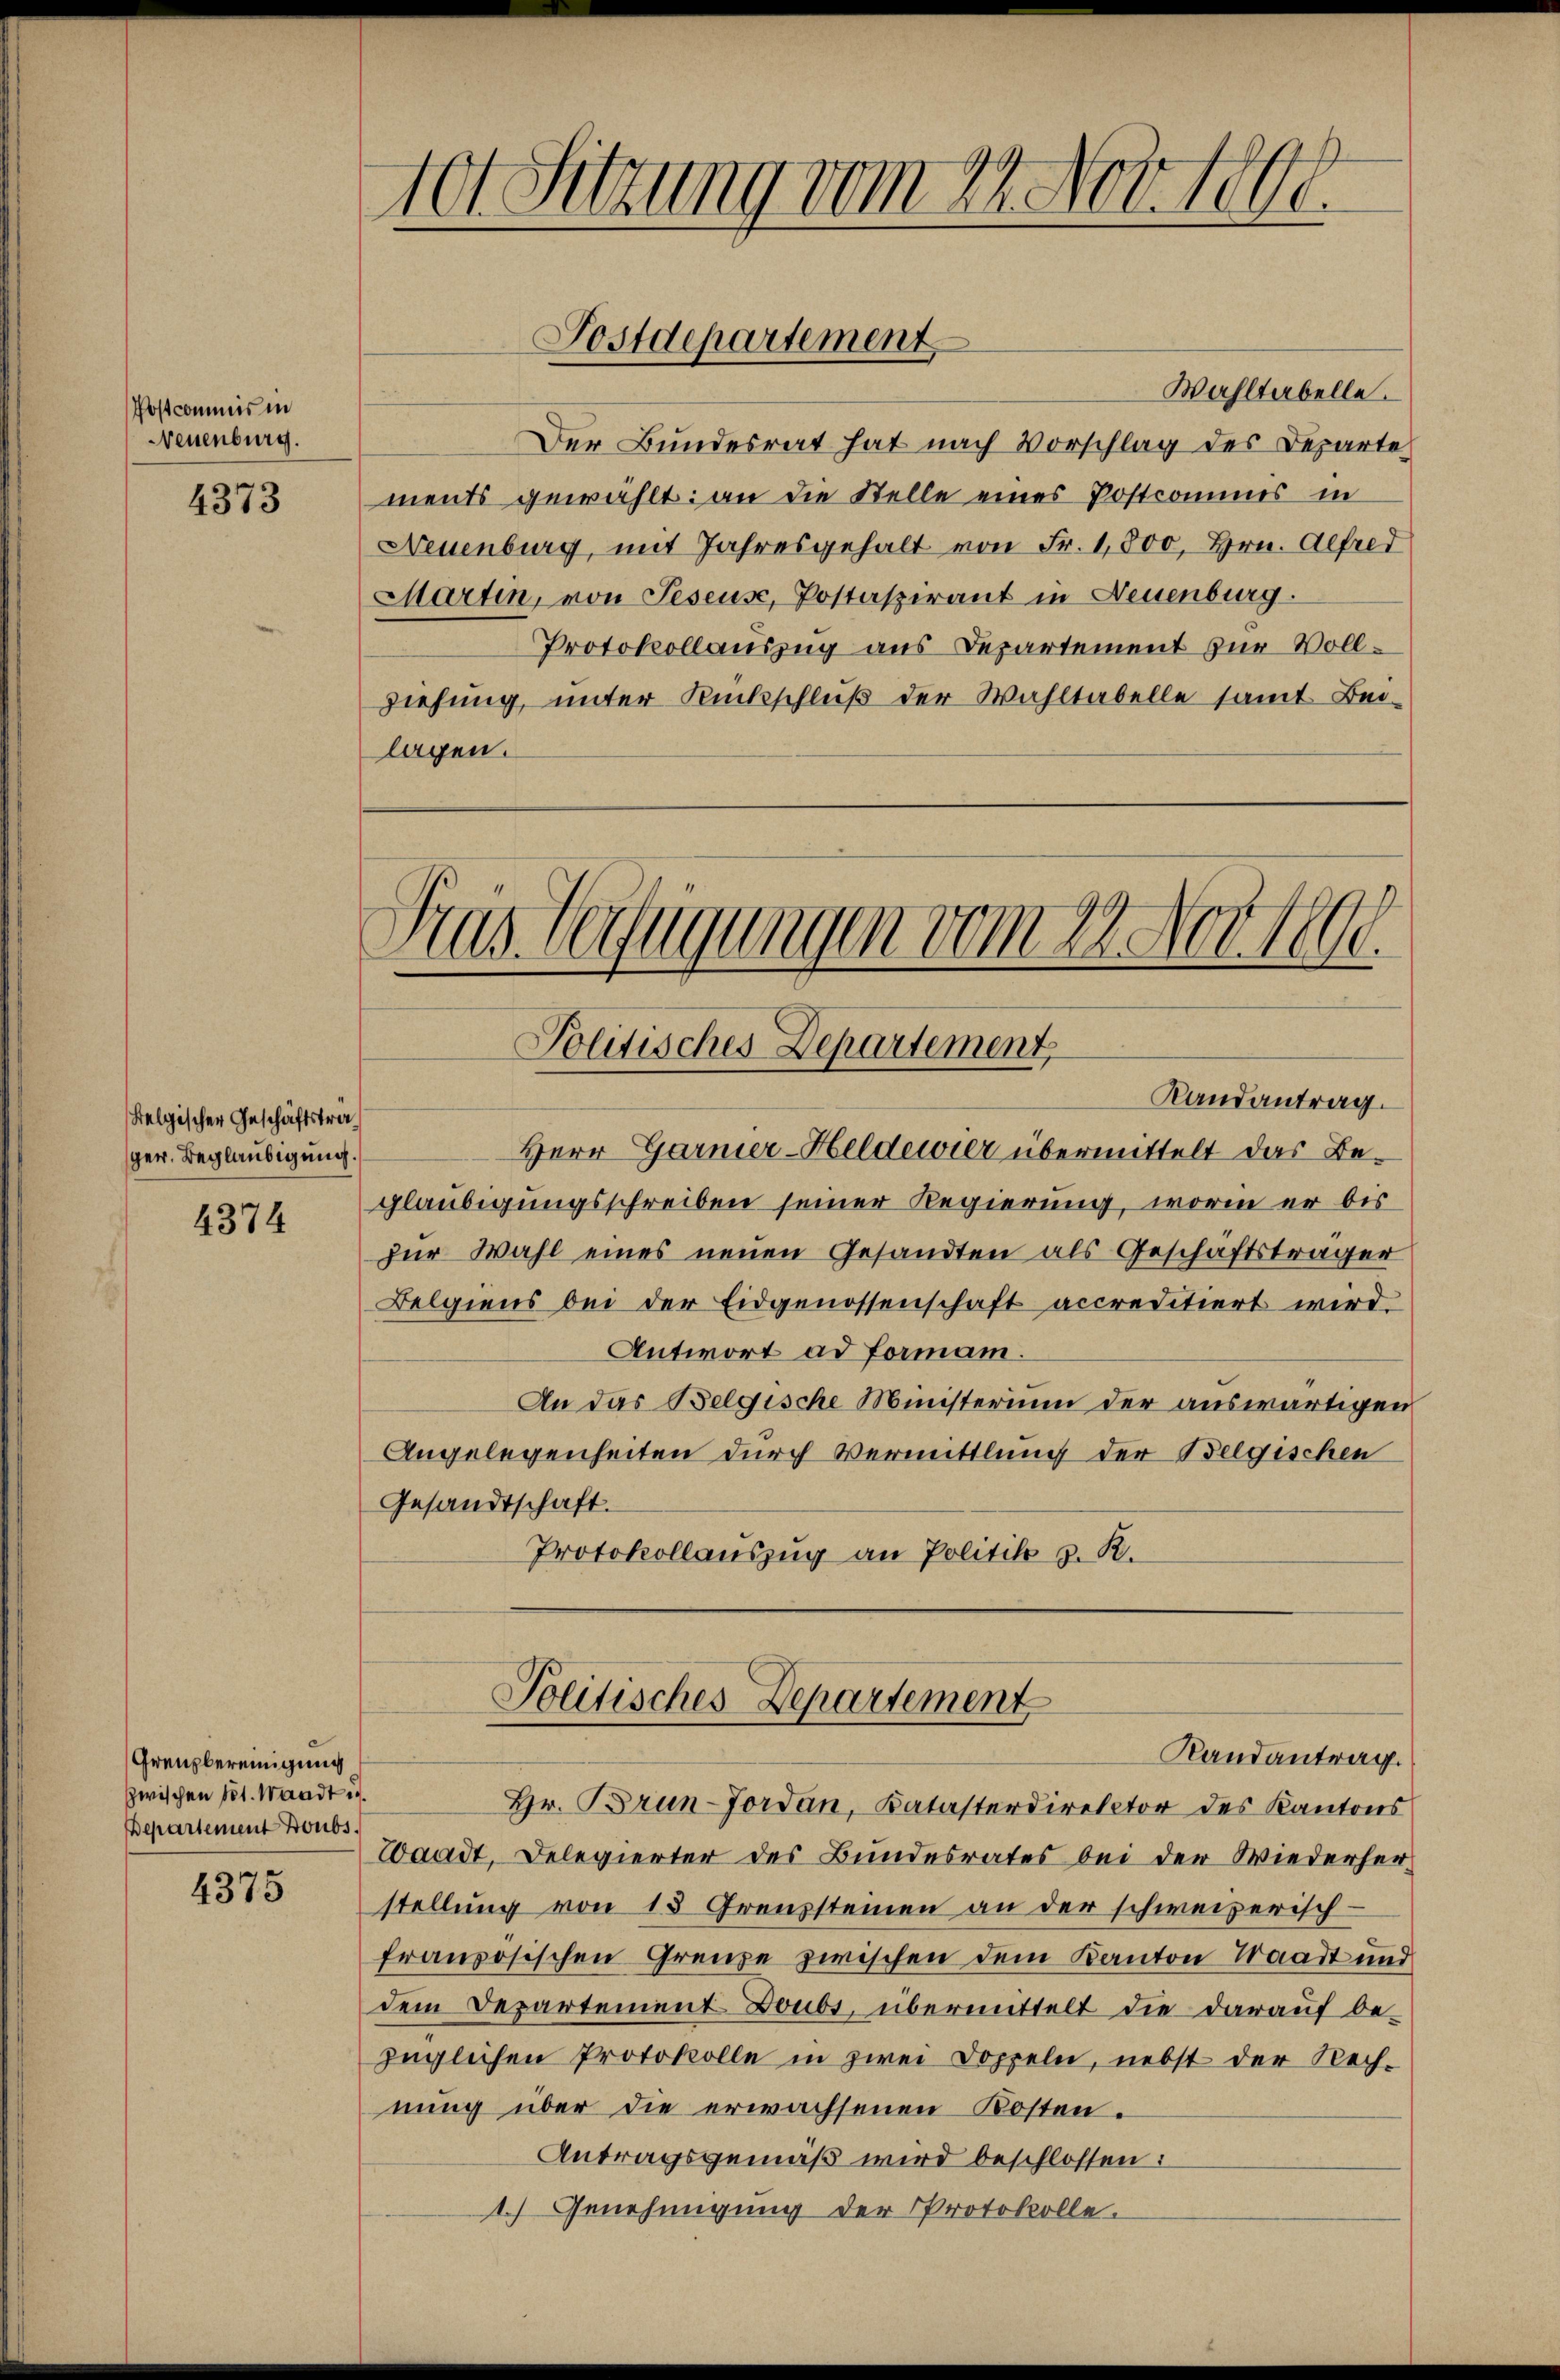
Postcommis in
Neuenburg.

4373

Felgischer Geschäftsträger. Beglaubigung.

4374

Grenzbereinigung
zwischen Tit. Waadt u.
Departement Doubs

4375

101 Sitzung vom 21. Nov. 1890.

Wahltabelle.
Der Bundesrat hat nach Vorschlag des Departe
ments gewählt: an die Stelle eines Postcommes in
Neuenburg, mit Jahresgehalt von Fr. 1,800, Hrn. Alfred
Martin, von Teseuse, Postaspirant in Neuenburg.
Protokollauszug aus Departement zur Vollziehung, unter Rückschluß der Wahltabelle samt Beilagen.

Postdepartement

Pras Verfügungen vom 22. Nov 1890.
Politisches Departement,
Randantrag.

Politisches Departement
Randantrag.

Herr Garner-Heldewier übermittelt das Begläubigungsschreiben seiner Regierung, worin er bis
zur Wahl eines neuen Gesandten als Geschäftsträger
Belgiens bei der Eidgenossenschaft accreditiert wird.
Antwort ad Formann.
An das Belgische Münsterium der auswärtigen
Angelegenheiten durch Vermittlung der Belgischen
Gesandtschaft.
Protokollauszug an Politik d. R.

Hr. Brun-Forden, Katasterdirektor des Kantons
Waadt, Delegierter des Bundesrates bei der Wiederher-
stellung von 15 Grenzsteinen an der schweizerisch-
französischen Grenze zwischen dem Kanton Waadt und
dem Departement Boubs, übermittelt die darauf bezüglichen Protokolle in zwei Doppeln, nebst der Rech-
nung über die erwachsenen Kosten.
Antragsgemäß wird beschlossen:
1) Genehmigung der Protokolle.